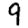
Digit: 9